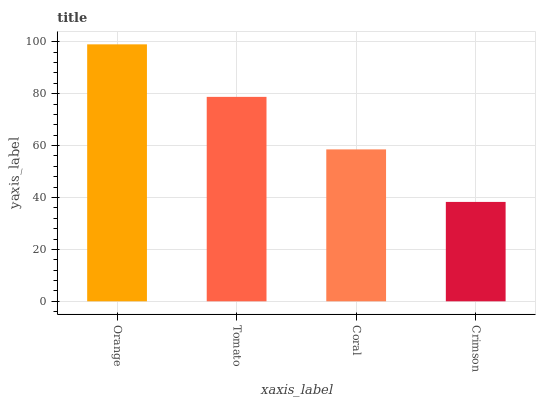
| xaxis_label | bars |
 | --- | --- |
 | Orange | 99 |
 | Tomato | 78.8 |
 | Coral | 58.5 |
 | Crimson | 38.3 |